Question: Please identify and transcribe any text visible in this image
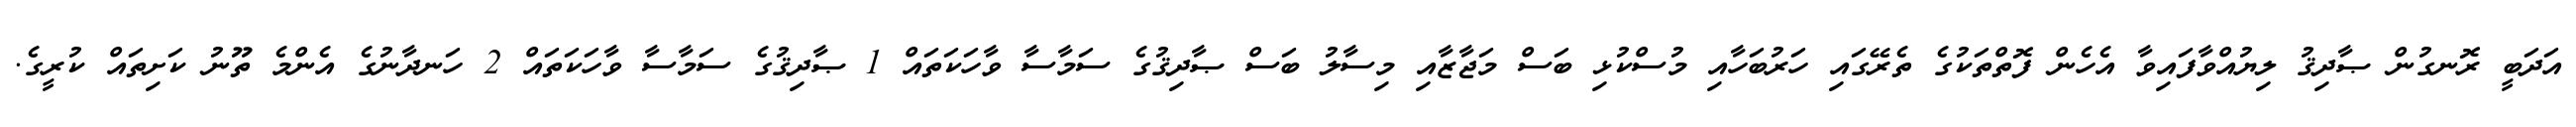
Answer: އަދަބީ ރޮނގުން ޞާދިޤު ލިޔުއްވާފައިވާ އެހެން ފޮތްތަކުގެ ތެރޭގައި ހަރުބަހާއި މުސްކުޅި ބަސް މަޖާޒާއި މިސާލު ބަސް ޞާދިޤުގެ ސަމާސާ ވާހަކަތައް 1 ޞާދިޤުގެ ސަމާސާ ވާހަކަތައް 2 ހަނދާނުގެ އެންމެ ތޫނު ކަށިތައް ކުރީގެ.